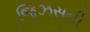
જિઝસની